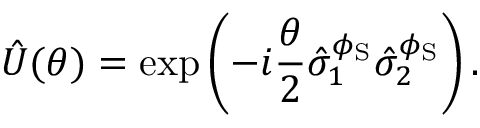
\hat { U } ( \theta ) = \exp \left( - i \frac { \theta } { 2 } \hat { \sigma } _ { 1 } ^ { \phi _ { \mathrm { S } } } \hat { \sigma } _ { 2 } ^ { \phi _ { \mathrm { S } } } \right) .